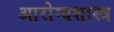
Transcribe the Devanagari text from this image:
आरोग्यशास्त्र